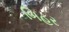
બિહર